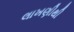
લાખણીથી